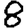
Digit: 8